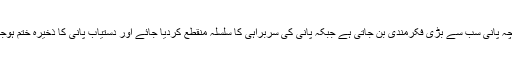
چنانچہ پانی سب سے بڑی فکرمندی بن جاتی ہے جبکہ پانی کی سربراہی کا سلسلہ منقطع کردیا جائے اور دستیاب پانی کا ذخیرہ ختم ہوجائے۔